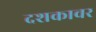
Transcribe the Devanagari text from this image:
दशकावर